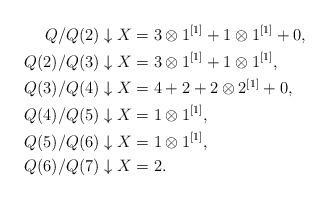
LaTeX: \begin{align*}Q/Q(2) \downarrow X &= 3 \otimes 1^{[1]} + 1 \otimes 1^{[1]} + 0, \\Q(2)/Q(3) \downarrow X &= 3 \otimes 1^{[1]} + 1 \otimes 1^{[1]}, \\Q(3)/Q(4) \downarrow X &= 4 + 2 + 2 \otimes 2^{[1]} + 0, \\Q(4)/Q(5) \downarrow X &= 1 \otimes 1^{[1]}, \\Q(5)/Q(6) \downarrow X & = 1 \otimes 1^{[1]}, \\Q(6)/Q(7) \downarrow X & = 2. \end{align*}